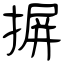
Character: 摒